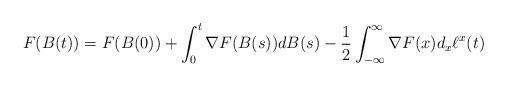
LaTeX: \begin{align*}F(B(t))=F(B(0)) + \int_0^t\nabla F(B(s))dB(s) - \frac{1}{2}\int_{-\infty}^{\infty}\nabla F(x)d_x\ell^x(t)\end{align*}